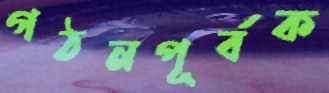
গঠনপূর্বক